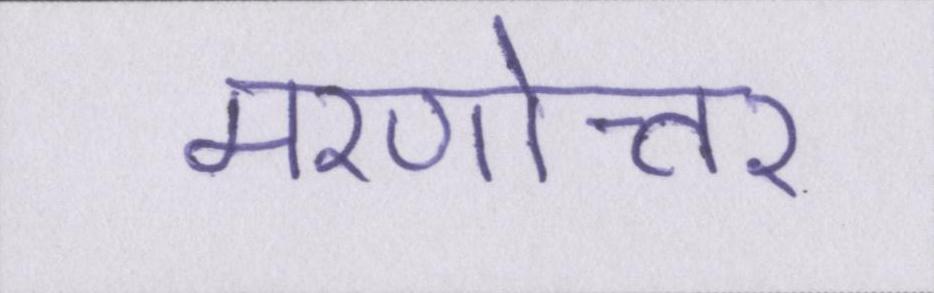
मरणोत्तर